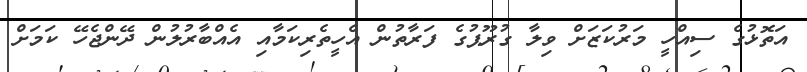
އަތޮޅުގެ ސިއްހީ މަރުކަޒަށް ވިލާ ގުރޫޕުގެ ފަރާތުން އެހީތެރިކަމާއި އެއްބާރުލުން ދޭންޖެހޭ ކަމަށް